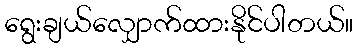
ရွေးချယ်လျှောက်ထားနိုင်ပါတယ်။